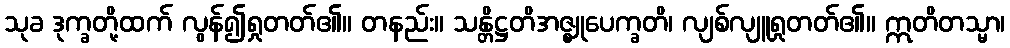
သုခ ဒုက္ခတို့ထက် လွန်၍ရှုတတ်၏။ တနည်း။ သန္တိဋ္ဌတိအဇ္ဈုပေက္ခတိ၊ လျစ်လျူရှုတတ်၏။ ဣတိတသ္မာ၊